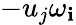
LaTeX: -u_{j}\omega_{\mathbf{i}}